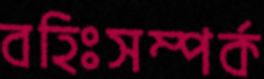
বহিঃসম্পর্ক